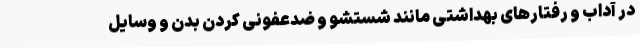
در آداب و رفتارهای بهداشتی مانند شستشو و ضدعفونی کردن بدن و وسایل